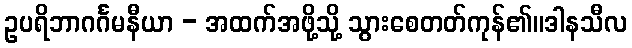
ဥပရိဘာဂင်္ဂမနီယာ - အထက်အဖို့သို့ သွားစေတတ်ကုန်၏။ဒါနသီလ